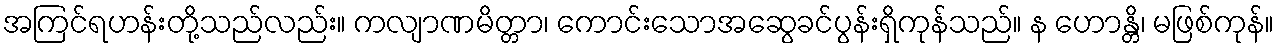
အကြင်ရဟန်းတို့သည်လည်း။ ကလျာဏမိတ္တာ၊ ကောင်းသောအဆွေခင်ပွန်းရှိကုန်သည်။ န ဟောန္တိ၊ မဖြစ်ကုန်။